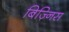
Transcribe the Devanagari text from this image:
बिज़्निस